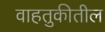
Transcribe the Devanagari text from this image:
वाहतुकीतील